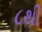
૮થી